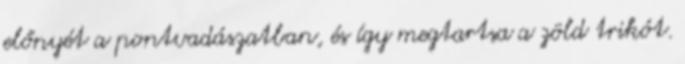
előnyét a pontvadászatban, és így megtartsa a zöld trikót.